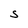
Character: S